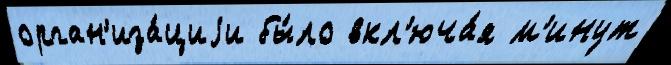
орган'иза́циjи бы́ло вкл'юча́я м'инут